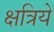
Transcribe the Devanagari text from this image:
क्षत्रिये